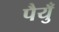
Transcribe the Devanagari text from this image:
पैयुँ